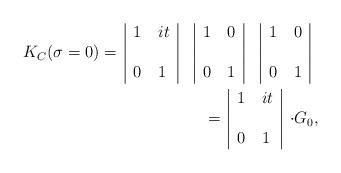
LaTeX: \begin{align*}\begin{tabular}{c|ll|c|ll|c|ll|c} & $1$ & $it$&&$1$&$0$&&$1$&$0$&\\$K_C(\sigma=0)=$&&&&&&&&&\\ & $0$ &$1$&&$0$&$1$&&$0$&$1$&\\\end{tabular}\\\begin{tabular}{c|ll|c} & $1$ & $it$&\\$=$&&&$\cdot G_0$,\\ & $0$ &$1$&\\\end{tabular}\\\end{align*}